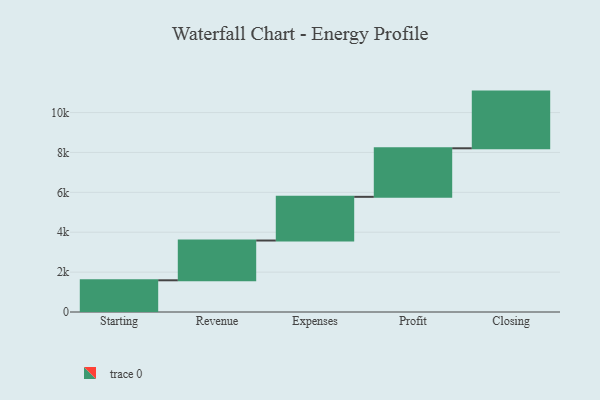
{"axis": {"x": "Step", "y": "Value"}, "legend": [""], "data": [{"x": "Starting", "y": 1590.0, "type": ""}, {"x": "Revenue", "y": 1995.0, "type": ""}, {"x": "Expenses", "y": 2190.0, "type": ""}, {"x": "Profit", "y": 2435.0, "type": ""}, {"x": "Closing", "y": 2842.0, "type": ""}]}